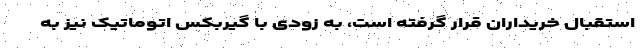
استقبال خریداران قرار گرفته است، به زودی با گیربکس اتوماتیک نیز به